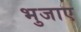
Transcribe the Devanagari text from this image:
भुजाए